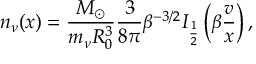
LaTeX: \theta _ { 3 } ^ { A } = f ^ { 0 \, A } - \hat { f } ^ { A } ,